Vaike-Kullamaa_(Vaikna)_vallavalitsus, lk 21
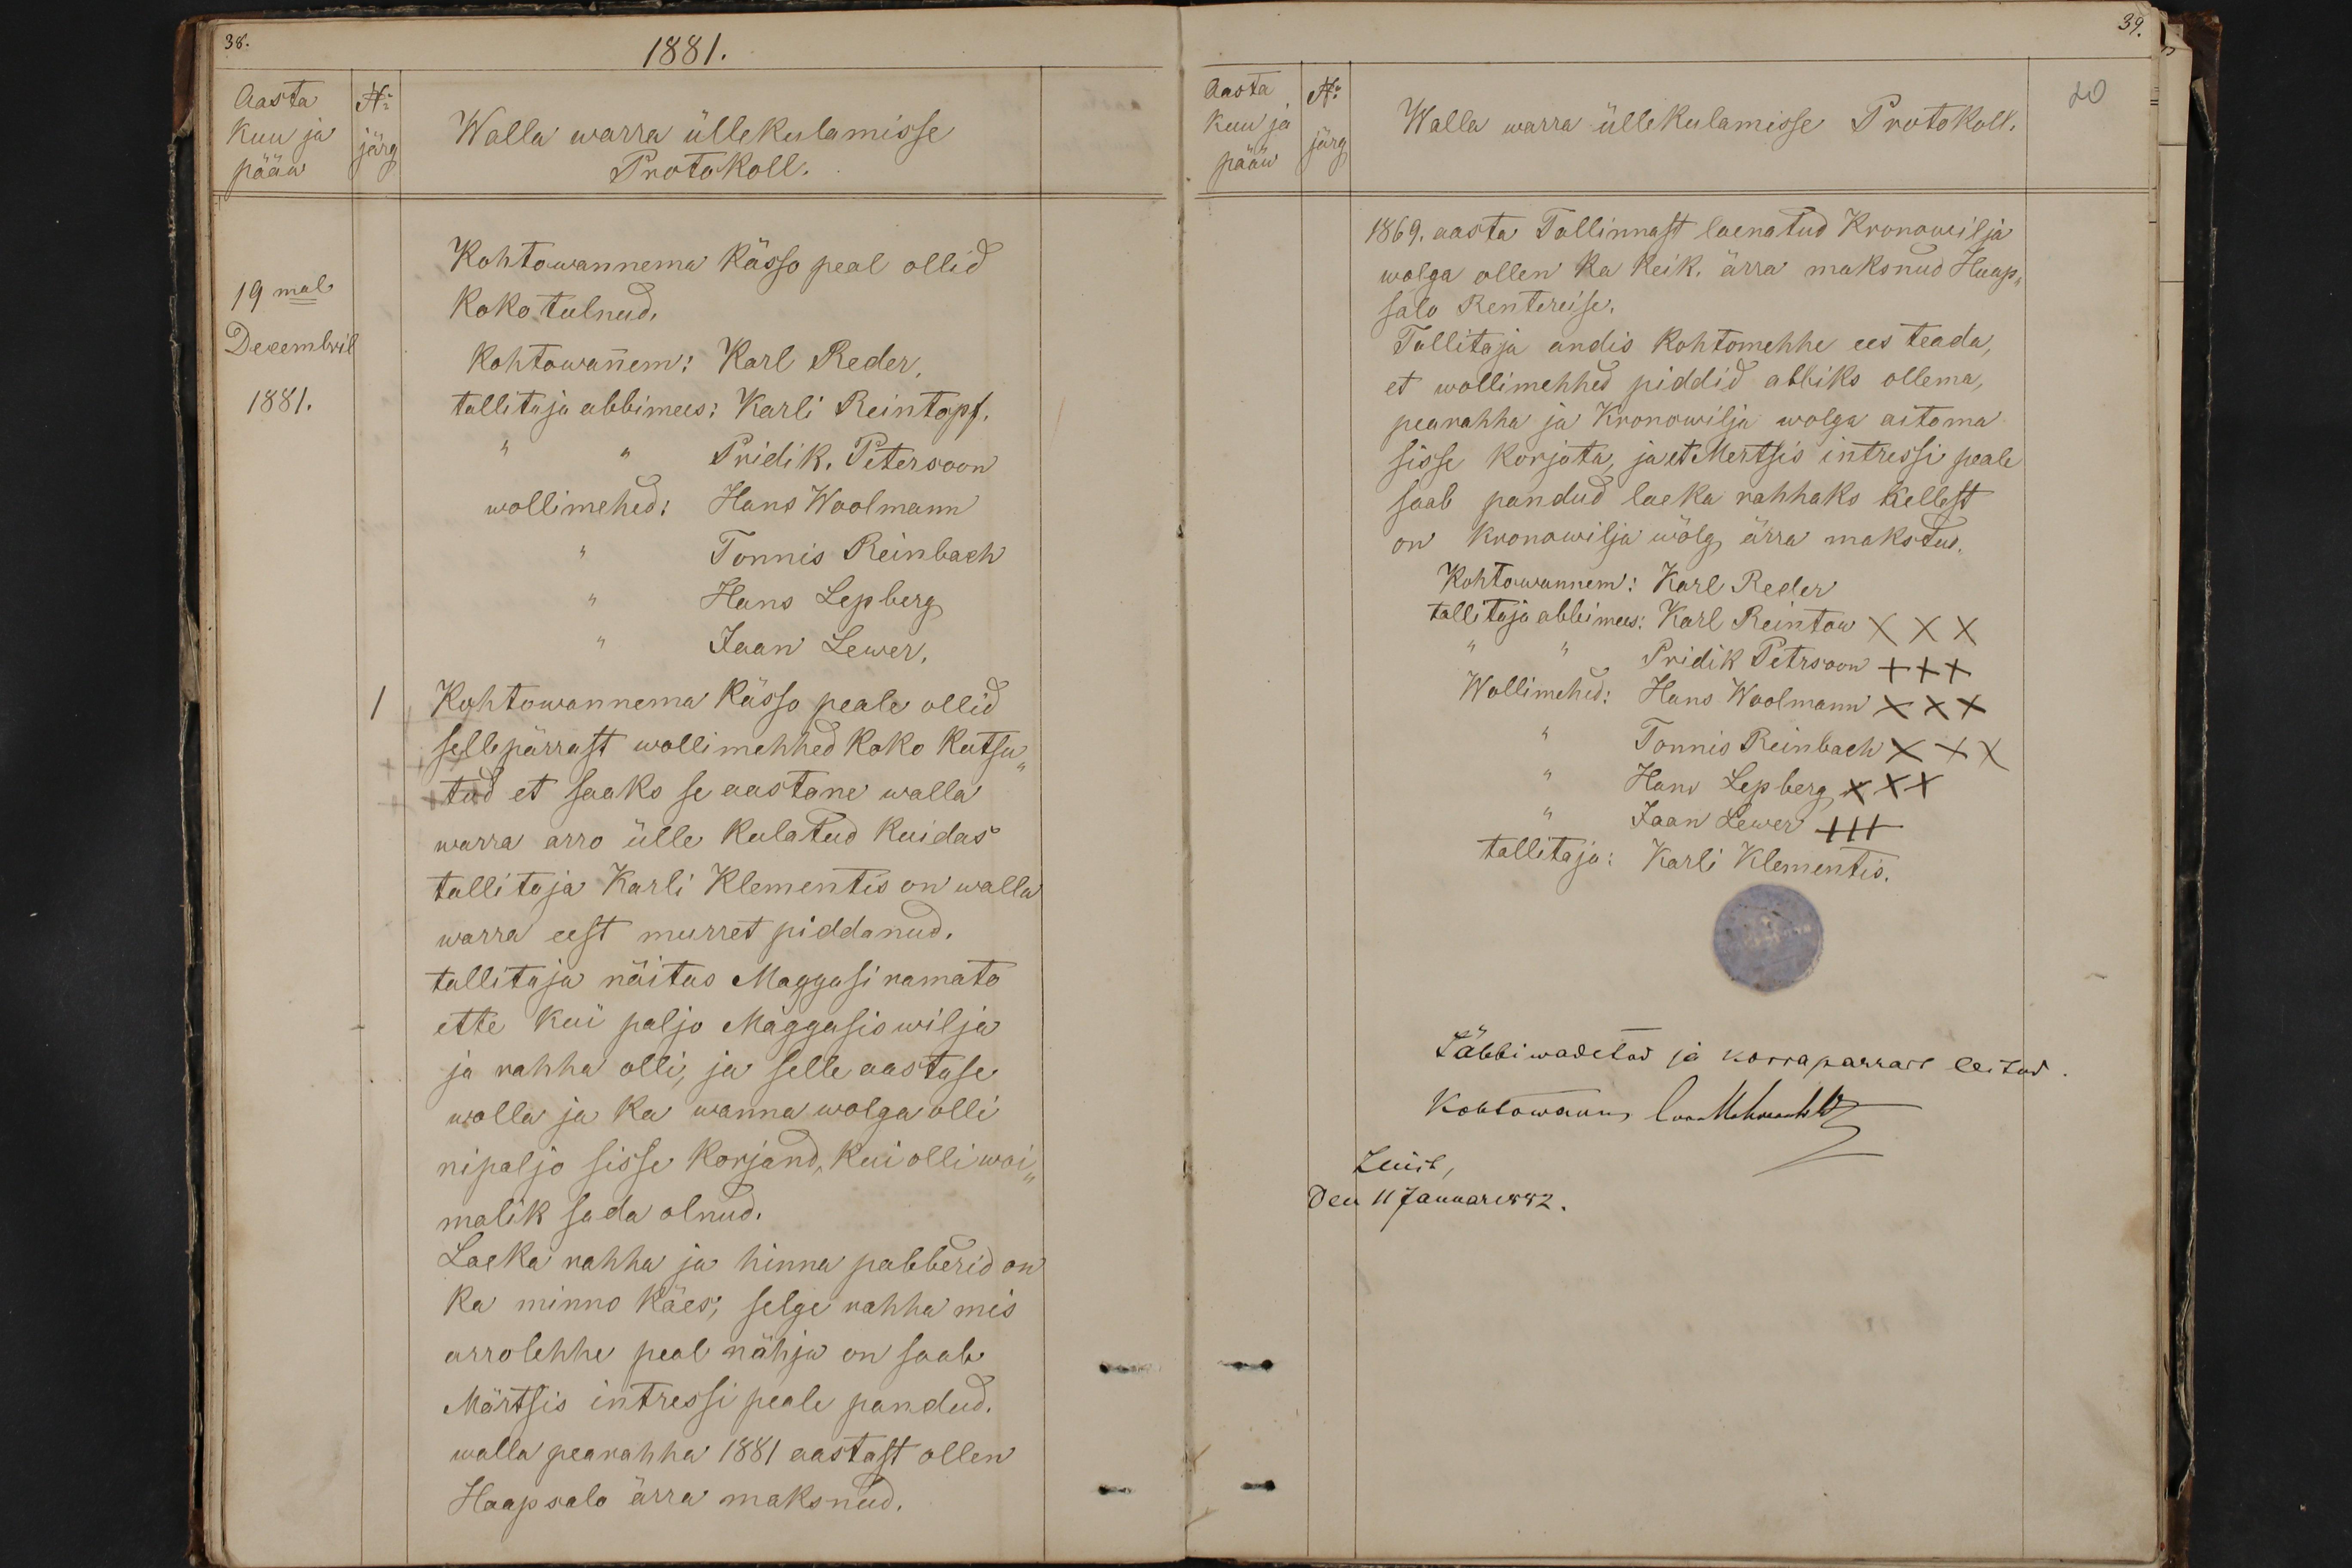
38.
1881.
Aasta No
kuu ja
Walla warra üllekulamisse
pääw
järg
Protokoll.
Kohtowannema kässo peal ollid
19mal
Koko tulnud.
Decembril
Kohtowannem: Karl Reder,
1881.
tallitaja abbimees: Karli Reintopf.
Pridik. Petersoon
wollimehed: Hans Woolmann
Tonnis Reinbach
Hans Lepberg
Jaan Lewer,
1
Kohtowannema kässo peale ollid
sellepärrast wollimehhed koko kutsu-
tud et saaks se aastane walla
warra arro ülle kulatud kuidas
tallitaja Karli Klementis on walla
warra eest murret piddanud.
tallitaja näitus Maggasi ramato
ette kui paljo Maggasis wilja
ja rahha olli, ja selle aastuse
walla ja ka wanna wolga olli
nipaljo sisse korjand, kui olli woi-
malik seda olnud.
Laeka rahha ja hinna pabberid on
ka minno käes; selge rahha mis
arrolehhe peal nähja on saab
Märtsis intressi peale pandud.
walla pearahha 1881 aastast ollen
Haapsalo ärra maksnud.

39.
Aasta No
20
Kuu ja
Walla warra üllekulamisse Protokoll.
pääw järg
1869. aasta Tallinnast laenatud Kronowilja
wolga ollen ka keik ärra maksnud Haap-
salo Rentereise.
Tallitaja andis Kohtomehhe ees teada,
et wollimehhed piddid abbiks ollema,
pearahha ja Kronowilja wolga aitama
sisse korjata, ja et Mertsis intressi peale
saab pandud laeka rahhaks kellest
on kronowilja wölg ärra makstud.
Kohtowannem: Karl Reder
tallitaja abbimees: Karl Reintow XXX
Pridik Petrsoon +++
Wollimehed: Hans Woolmann XXX
Tonnis Reinbach XXX
Hans Lepberg XXX
Jaan Lewer 111
tallitaja: Karli Klementis.
Läbbiwadetud ja korrapärrase leitud
Kohtowanem, loo-Mehwangule
Luik
den 11 Januar 1882.